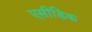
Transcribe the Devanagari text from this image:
एसीडिक